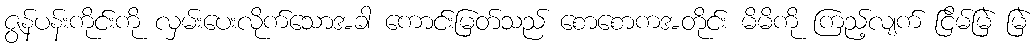
ဇွန်ပန်းကိုင်းကို လှမ်းပေးလိုက်သောအခါ ကောင်းမြတ်သည် စောစောကအတိုင်း မိမိကို ကြည့်လျက် ငြိမ်မြဲ မြဲ